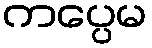
ကပ္ပေမ